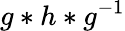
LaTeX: g*h*g^{-1}